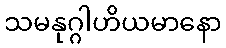
သမနုဂ္ဂါဟိယမာနော